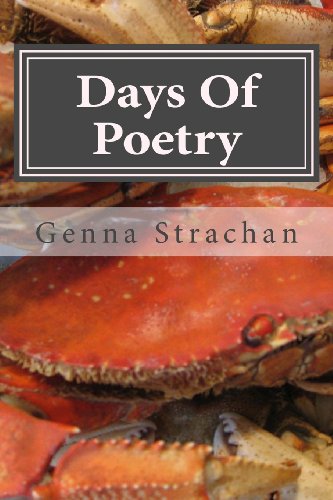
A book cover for Days Of Poetry: My writing; Genna Beth Strachan; Literature & Fiction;